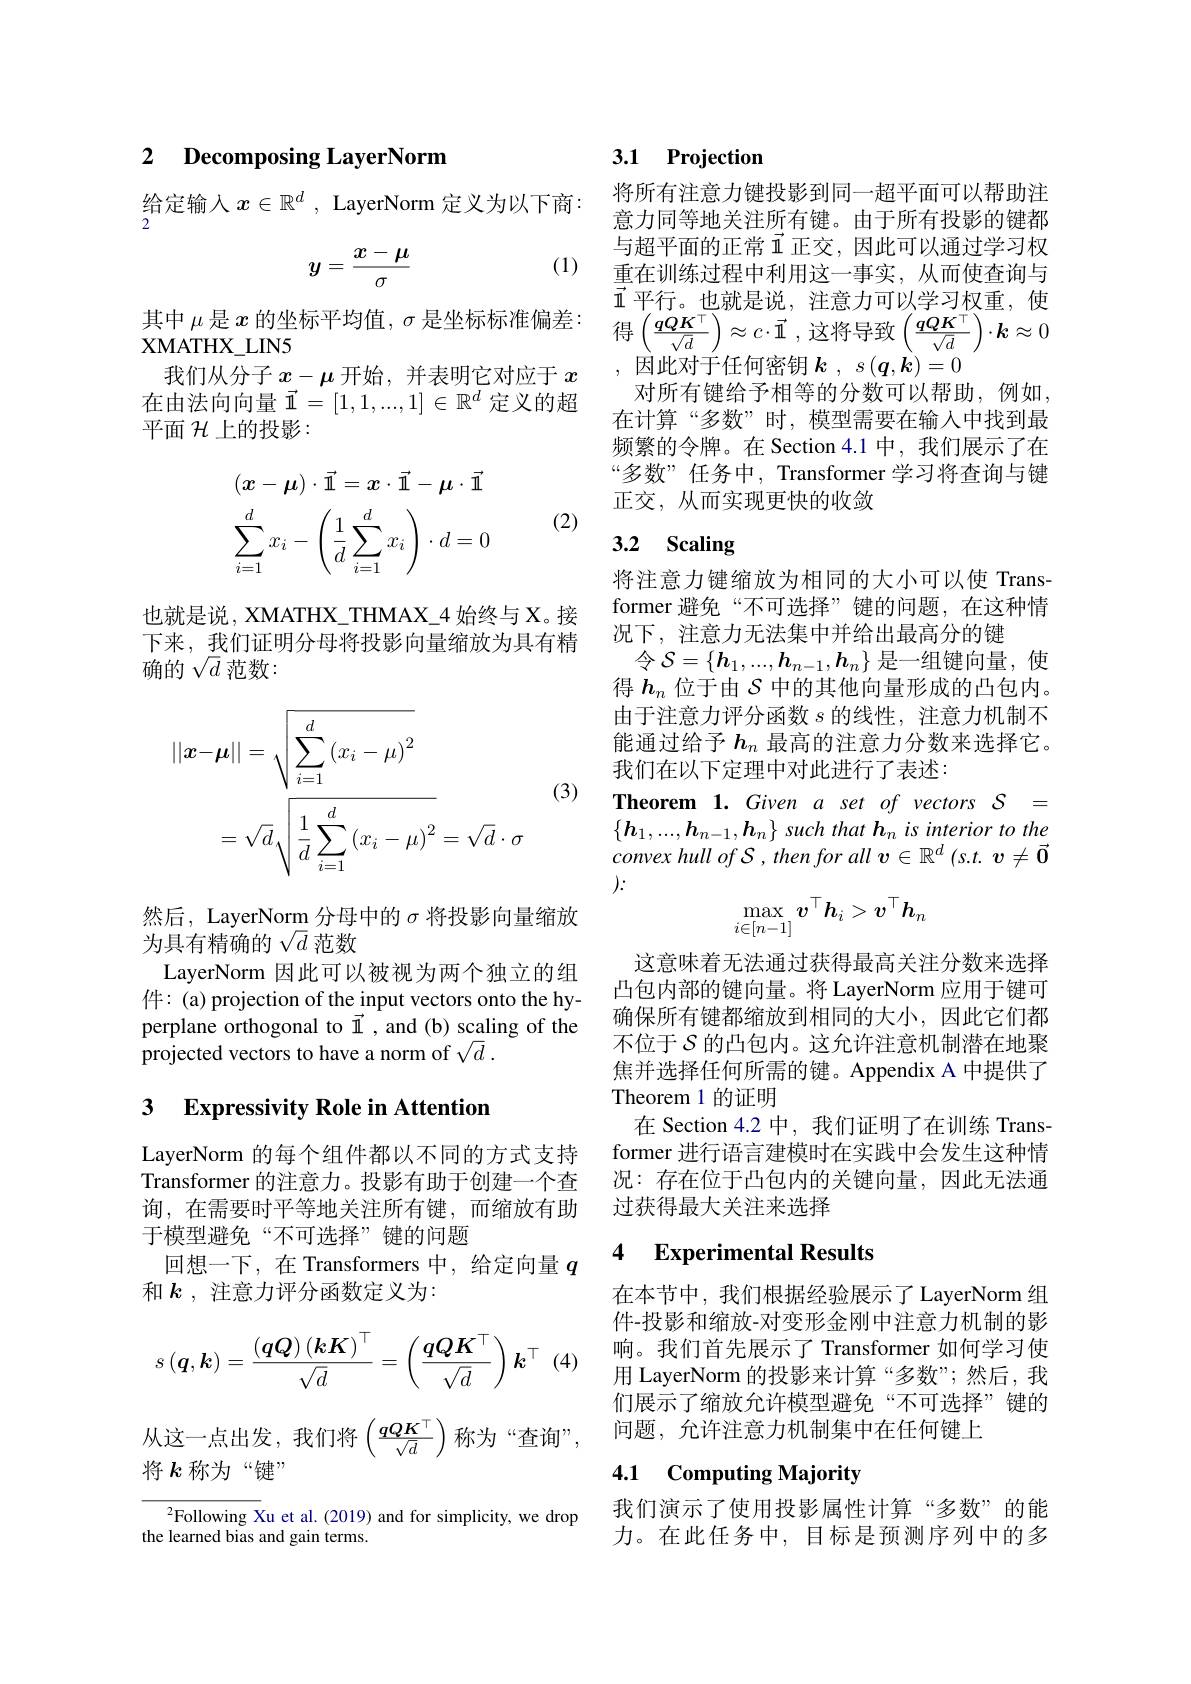
### 2 Decomposing LayerNorm

给定输入$x\in\mathbb{R}^d$, LayerNorm 定义为以下商：

(1)
$$y=\frac{x-\mu}{\sigma}$$
XMATHX$\_$LIN5
我们从分子$x-\mu$ 开始，并表明它对应于 $x$ 在由法向向量$\vec{1}=[1,1,...,1]\in\mathbb{R}^d$定义的超平面$\mathcal{H}$上的投影：

(2)
$$(\boldsymbol{x}-\boldsymbol{\mu})\cdot\vec{1}=\boldsymbol{x}\cdot\vec{1}-\boldsymbol{\mu}\cdot\vec{1}\\\sum_{i=1}^{d}x_{i}-\left(\frac{1}{d}\sum_{i=1}^{d}x_{i}\right)\cdot d=0$$
也就是说，XMATHX\_THMAX\_4 始终与 X。接下来，我们证明分母将投影向量缩放为具有精确的$\sqrt d$范数：
$$\begin{aligned}||\boldsymbol{x}-\boldsymbol{\mu}||&=\sqrt{\sum_{i=1}^d\left(x_i-\mu\right)^2}\\&=\sqrt{d}\sqrt{\frac1d\sum_{i=1}^d\left(x_i-\mu\right)^2}=\sqrt{d}\cdot\sigma\end{aligned}$$
(3)

然后，LayerNorm 分母中的$\sigma$将投影向量缩放
为具有精确的$\sqrt d$范数
LayerNorm 因此可以被视为两个独立的组件：(a) projection of the input vectors onto the hyperplane orthogonal to $\vec{1}$,and (b) scaling of the projected vectors to have a norm of $\sqrt {d}$ .

### 3 Expressivity Role in Attention

LayerNorm 的每个组件都以不同的方式支持Transformer 的注意力。投影有助于创建一个查询，在需要时平等地关注所有键，而缩放有助于模型避免“不可选择”键的问题
回想一下，在 Transformers 中，给定向量$q$
和$k$ , 注意力评分函数定义为：
$$s\left(\boldsymbol{q},\boldsymbol{k}\right)=\frac{\left(\boldsymbol{q}\boldsymbol{Q}\right)\left(\boldsymbol{k}\boldsymbol{K}\right)^\top}{\sqrt{d}}=\left(\frac{\boldsymbol{q}\boldsymbol{Q}\boldsymbol{K}^\top}{\sqrt{d}}\right)\boldsymbol{k}^\top $$
(4)
从这一点出发，我们将$\left(\frac qQK^\top{\sqrt{d}}\right)$称为“查询”
将$k$称为“键”
$^{2}$Following Xu et al.(2019) and for simplicity, we drop

the learned bias and gain terms.

## 3.1 Projection

将所有注意力键投影到同一超平面可以帮助注意力同等地关注所有键。由于所有投影的键都与超平面的正常$\vec{1}$ 正交，因此可以通过学习权重在训练过程中利用这一事实，从而使查询与$\vec{1}$平行。也就是说，注意力可以学习权重，使
其 中 $\mu$ 是 $x$ 的 坐 标 平 均 值 , $\sigma$ 是 坐 标 标 准 偏 差 : 得 $\left ( \frac {qQK^{\top }}{\sqrt {d}}\right ) \approx c\cdot \vec{1}$ ,这 将 导 致 $\left ( \frac {qQK^{\top }}{\sqrt {d}}\right ) \cdot \boldsymbol{k}\approx 0$ XMATHX LIN5
,因此对于任何密钥$\boldsymbol{k},s(\boldsymbol{q},\boldsymbol{k})=0$
对所有键给予相等的分数可以帮助，例如， 在计算“多数”时，模型需要在输入中找到最频繁的令牌。在 Section 4.1 中，我们展示了在“多数” 任务中，Transformer 学习将查询与键正交，从而实现更快的收敛

# 3.2 Scaling

将注意力键缩放为相同的大小可以使 Transformer 避免“不可选择”键的问题，在这种情况下，注意力无法集中并给出最高分的键
令$\mathcal{S}=\{\boldsymbol{h}_1,...,\boldsymbol{h}_{n-1},\boldsymbol{h}_n\}$是一组键向量，使得$h_n$位于由$\mathcal{S}$中的其他向量形成的凸包内。由于注意力评分函数$s$的线性，注意力机制不能通过给予$h_n$最高的注意力分数来选择它。我们在以下定理中对此进行了表述：

$\textbf{Theorem 1. Given a set of vectors S = }$ $\{ \boldsymbol{h}_{1}, . . . , \boldsymbol{h}_{n- 1}, \boldsymbol{h}_{n}\}$ such that $\boldsymbol{h}_{n}\textit{is interior to the}$ convex hull $of\mathcal{S} , then$ for all $\boldsymbol{v}\in \mathbb{R} ^{d}$ $( s. t.$ $\boldsymbol{v}\neq \vec{\mathbf{0} }$ :
$$\max_{i\in[n-1]}v^\top h_i>v^\top h_n$$
这意味着无法通过获得最高关注分数来选择凸包内部的键向量。将 LayerNorm 应用于键可确保所有键都缩放到相同的大小，因此它们都不位于$\mathcal{S}$ 的凸包内。这允许注意机制潜在地聚焦并选择任何所需的键。Appendix A 中提供了Theorem 1 的证明
在 Section 4.2 中，我们证明了在训练 Transformer 进行语言建模时在实践中会发生这种情况：存在位于凸包内的关键向量，因此无法通过获得最大关注来选择

### 4 Experimental Results

在本节中，我们根据经验展示了LayerNorm 组件-投影和缩放-对变形金刚中注意力机制的影响。我们首先展示了 Transformer 如何学习使用 LayerNorm 的投影来计算“多数”;然后，我们展示了缩放允许模型避免“不可选择”键的问题，允许注意力机制集中在任何键上

## 4.1 Computing Majority

我们演示了使用投影属性计算“多数”的能力。在此任务中，目标是预测序列中的多